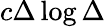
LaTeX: c\Delta\log\Delta